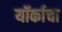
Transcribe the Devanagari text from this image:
यॉर्काचा